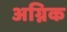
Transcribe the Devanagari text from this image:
अग्निक